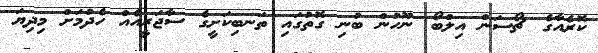
ކޮރެއާގެ 'ޗޯސަން އިލްބޯ' ނޫހުން ބުނި ގޮތުގައި ތަނބިކަށީގެ ސާޖަރީއެއް ހެދުމަށް މިދިޔަ